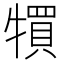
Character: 𤛬